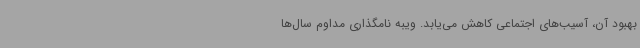
بهبود آن، آسیب‌های اجتماعی کاهش می‌یابد. ویبه نامگذاری مداوم سال‌ها